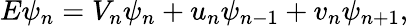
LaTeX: E\psi_{n}=V_{n}\psi_{n}+u_{n}\psi_{n-1}+v_{n}\psi_{n+1},